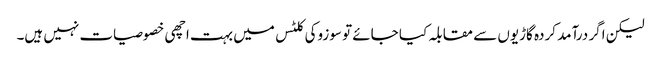
لیکن اگر درآمد کردہ گاڑیوں سے مقابلہ کیا جائے تو سوزوکی کلٹس میں بہت اچھی خصوصیات نہیں ہیں۔